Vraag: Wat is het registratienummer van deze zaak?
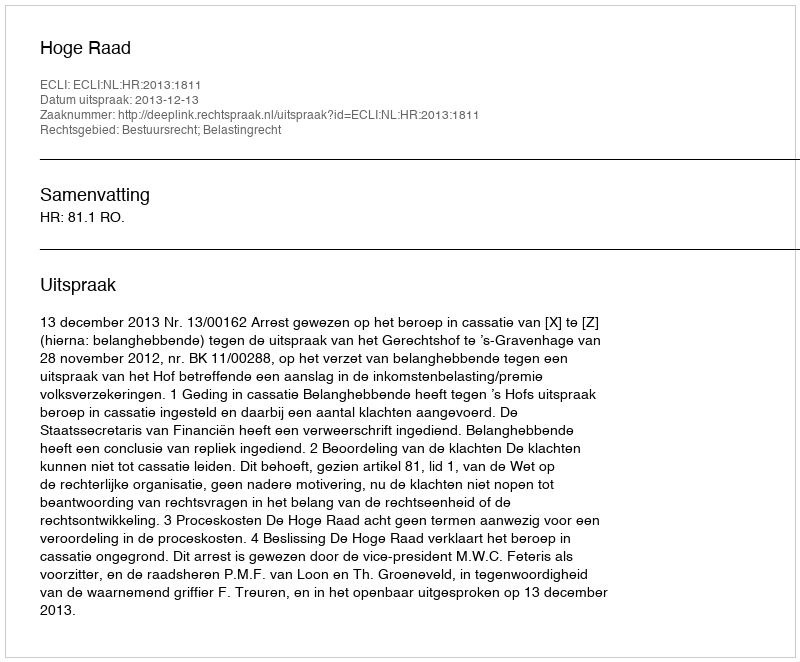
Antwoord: http://deeplink.rechtspraak.nl/uitspraak?id=ECLI:NL:HR:2013:1811